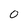
Character: O